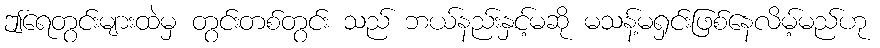
ဤရေတွင်းများထဲမှ တွင်းတစ်တွင်း သည် ဘယ်နည်းနှင့်မဆို မသန့်မရှင်းဖြစ်နေလိမ့်မည်ဟု